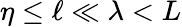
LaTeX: \eta\le\ell\ll\lambda<L